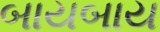
બાયબાય